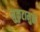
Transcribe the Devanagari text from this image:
मुकुटामुळे